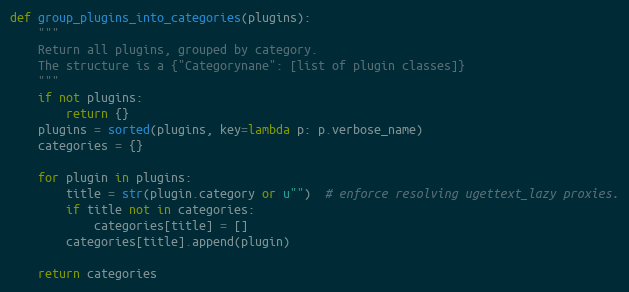
Language: Python
def group_plugins_into_categories(plugins):
    """
    Return all plugins, grouped by category.
    The structure is a {"Categorynane": [list of plugin classes]}
    """
    if not plugins:
        return {}
    plugins = sorted(plugins, key=lambda p: p.verbose_name)
    categories = {}

    for plugin in plugins:
        title = str(plugin.category or u"")  # enforce resolving ugettext_lazy proxies.
        if title not in categories:
            categories[title] = []
        categories[title].append(plugin)

    return categories